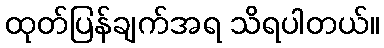
ထုတ်ပြန်ချက်အရ သိရပါတယ်။